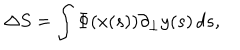
\Delta S = \int \Phi ( x ( s ) ) \partial _ { \bot } y ( s ) \, d s ,